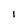
Character: I